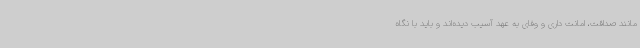
مانند صداقت، امانت داری و وفای به عهد آسیب دیده‌اند و باید با نگاه